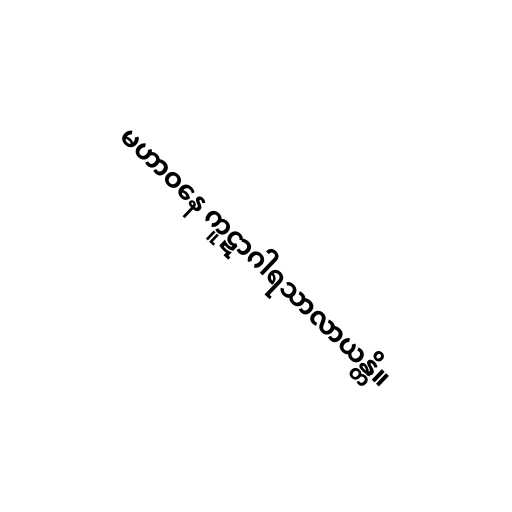
မဟာဝနေ ကူဋာဂါရသာလာယန္တိ။